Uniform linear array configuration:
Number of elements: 12
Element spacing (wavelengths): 0.5
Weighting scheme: cosine
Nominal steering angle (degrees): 60
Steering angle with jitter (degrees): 58.684
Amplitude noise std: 0.05
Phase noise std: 0.05

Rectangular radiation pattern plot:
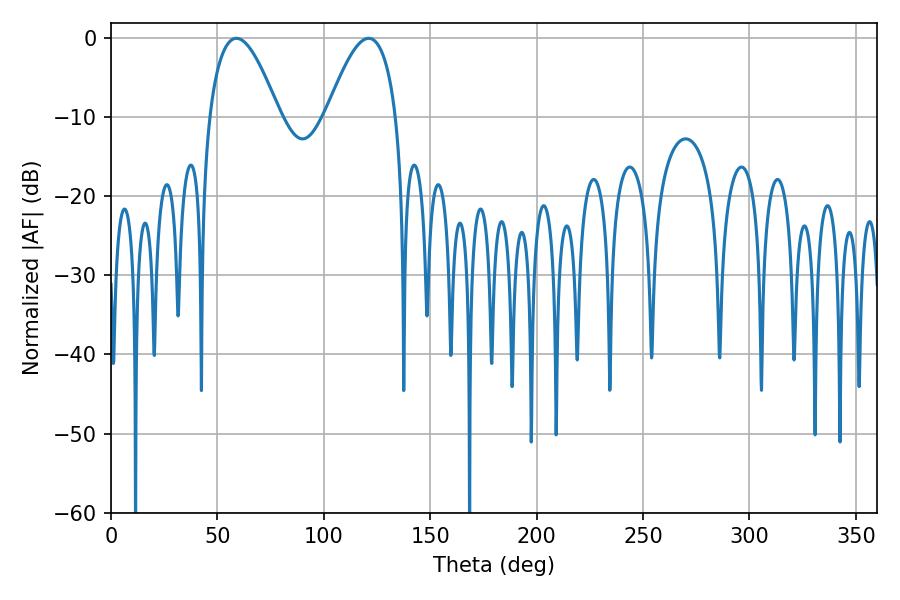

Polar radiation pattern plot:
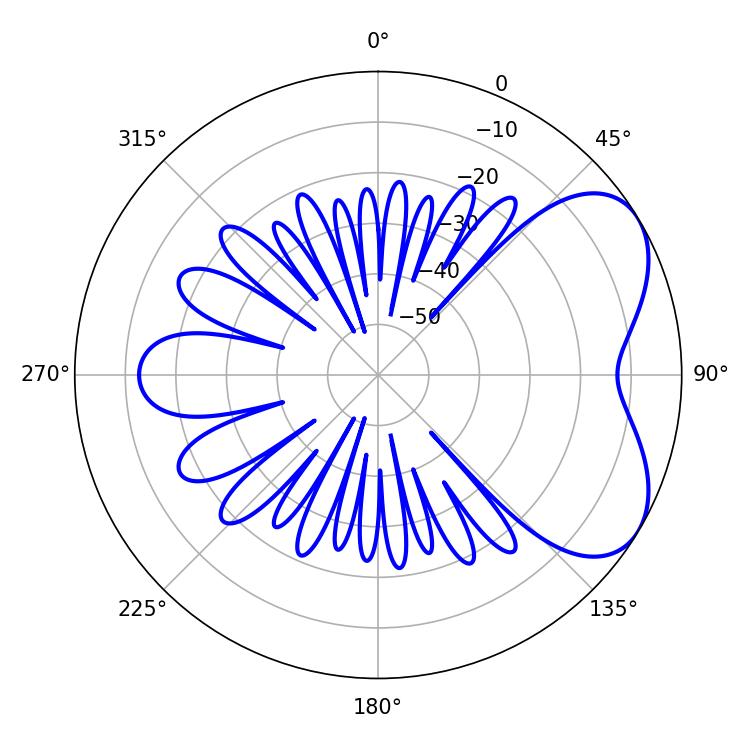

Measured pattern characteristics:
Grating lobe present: FALSE
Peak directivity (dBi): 5.394
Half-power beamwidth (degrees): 18
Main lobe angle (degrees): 58.86